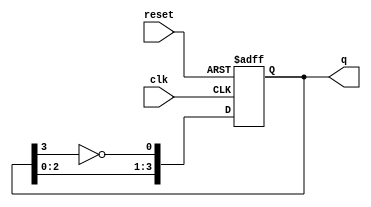
module johnson_counter #(parameter n = 4) (
    input wire clk,          // Clock input
    input wire reset,        // Asynchronous reset
    output reg [n-1:0] q     // Counter output
);

// Johnson counter logic
always @(posedge clk or posedge reset) begin
    if (reset) begin
        q <= 0; // Initialize to zero on reset
    end else begin
        q <= {q[n-2:0], ~q[n-1]}; // Shift left and invert the last bit
    end
end

endmodule